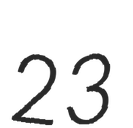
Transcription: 23